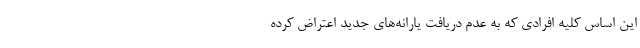
این اساس کلیه افرادی که به عدم دریافت یارانه‌های جدید اعتراض کرده